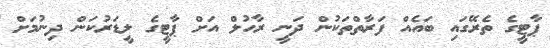
ޕާޓީގެ ތެރޭގައި ބައެއް ފަރާތްތަކުން ދަނީ ރާހުލް އަށް ޕާޓީގެ ލީޑަރުކަން ދިނުމަށް